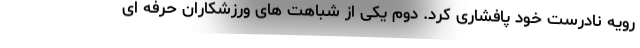
رویه نادرست خود پافشاری کرد. دوم یکی از شباهت های ورزشکاران حرفه ای